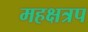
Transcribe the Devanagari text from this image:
महक्षत्रप